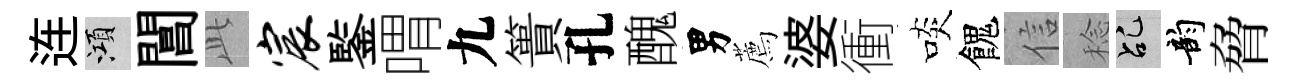
连澒閶𬼘宸鍳喟九簣孔醜男薦婆衝啖餽信稔乩韵脅